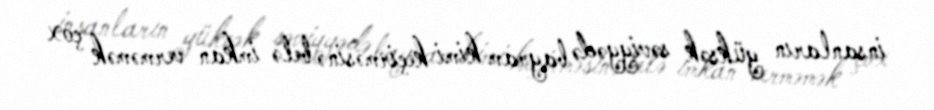
insanların yüksək səviyyədə bayram kimi keçirməsinə belə imkan verməmək çox